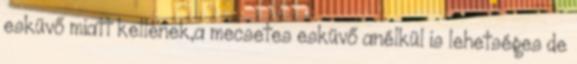
esküvő miatt kellenek,a mecsetes esküvő anélkül is lehetséges de